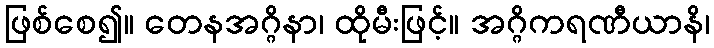
ဖြစ်စေ၍။ တေနအဂ္ဂိနာ၊ ထိုမီးဖြင့်။ အဂ္ဂိကရဏီယာနိ၊